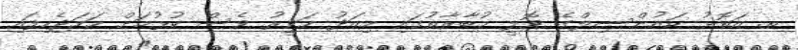
ތ. އަތޮޅު ކައުންސިލްގެ ވޮލީ މުބާރާތުގައި މިއަދު ހަވީރު ވެސް ކުޅުމަށް ހަމަޖެހިފައި